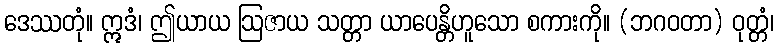
ဒေဿတုံ။ ဣဒံ၊ ဤယာယ ဩဇာယ သတ္တာ ယာပေန္တိဟူသော စကားကို။ (ဘဂဝတာ) ဝုတ္တံ၊